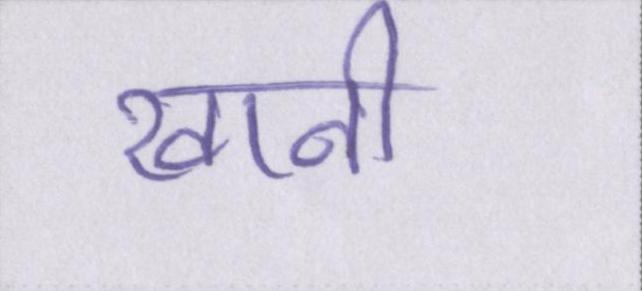
खानी